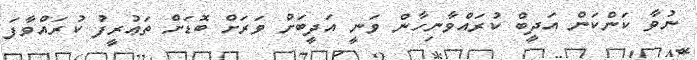
ނުވާ ކަންކަން އަދީބް ކުރައްވާނިހާން ވަނީ އަދީބަށް ވަރަށް ބޮޑަށް ތަޢުރީފު ކުރައްވާފަ